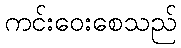
ကင်းဝေးစေသည်